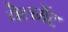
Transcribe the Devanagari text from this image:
वेलमेंट